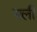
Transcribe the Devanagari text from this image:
यली